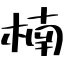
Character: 楠